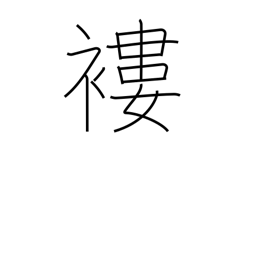
Meaning: rags